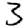
Digit: 3